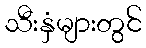
သီးနှံများတွင်